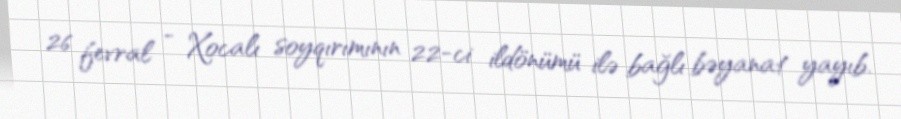
26 fevral - Xocalı soyqırımının 22-ci ildönümü ilə bağlı bəyanat yayıb.